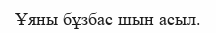
Ұяны бұзбас шын асыл.